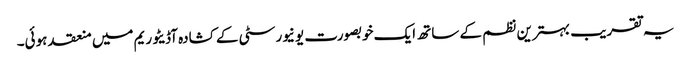
یہ تقریب بہترین نظم کے ساتھ ایک خوبصورت یونیورسٹی کے کشادہ آڈیٹوریم میں منعقد ہوئی۔